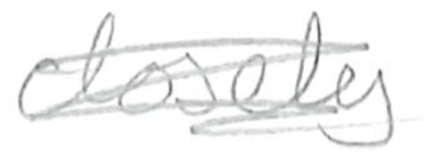
Text: closely
Cross-out: scratch
Writing tool: pencil